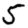
Digit: 5